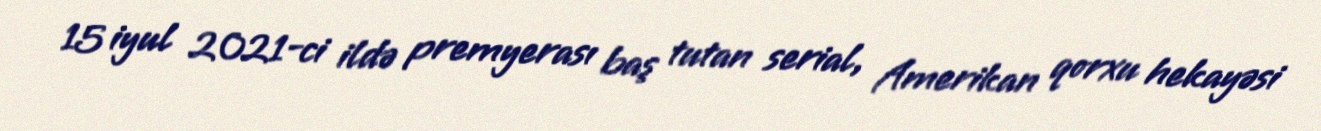
15 iyul 2021-ci ildə premyerası baş tutan serial, Amerikan qorxu hekayəsi